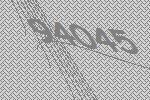
94045